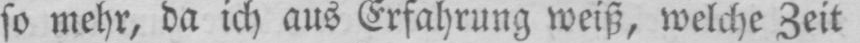
so mehr, da ich aus Erfahrung weiß, welche Zeit